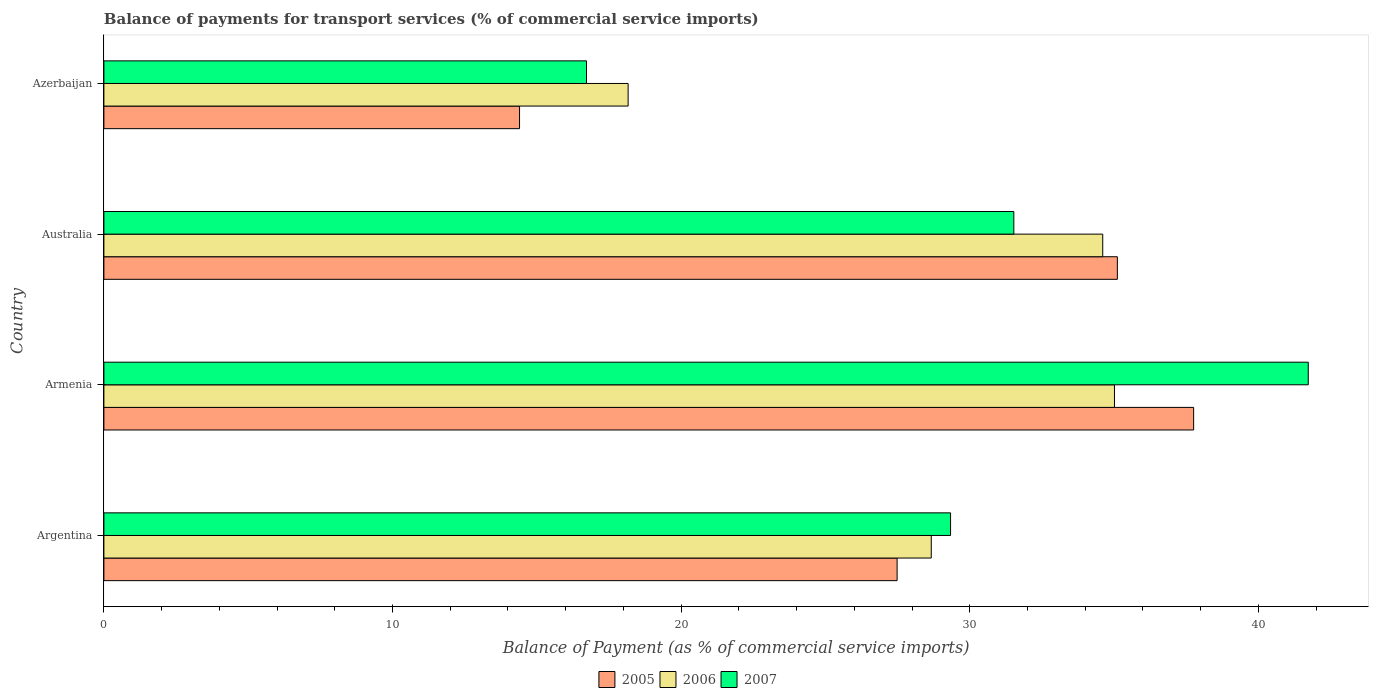
| Country | 2005 | 2006 | 2007 |
 | --- | --- | --- | --- |
 | Argentina | 27.5 | 28.7 | 29.3 |
 | Armenia | 37.8 | 35 | 41.7 |
 | Australia | 35.1 | 34.6 | 31.5 |
 | Azerbaijan | 14.4 | 18.2 | 16.7 |